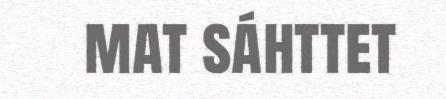
mat sáhttet